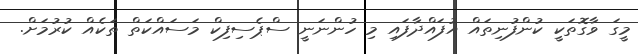
މީގަ ވާގޮތަކީ ކުންފުނިތައް އުފައްދާފައި މި ހުންނަނީ ސްޕެސިފިކް މަސައްކަތް ތަކެއް ކުރުމަށް.